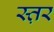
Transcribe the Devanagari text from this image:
स्त़र